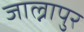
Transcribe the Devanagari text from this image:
जाल्नापुर